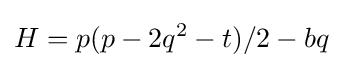
\displaystyle H=p(p-2q^{2}-t)/2-bq